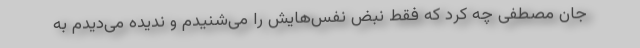
جان مصطفی چه کرد که فقط نبض نفس‌هایش را می‌شنیدم و ندیده می‌دیدم به